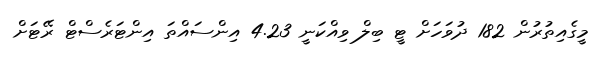
މީގެއިތުރުން 182 ދުވަހަށް ޓީ ބިލް ވިއްކަނީ 4.23 އިންސައްތަ އިންޓަރެސްޓް ރޭޓަށް